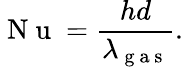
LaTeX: \mathrm{~N~u~}=\frac{hd}{\lambda_{\mathrm{~g~a~s~}}}.